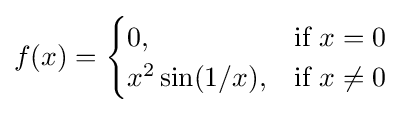
f(x)={\begin{cases}0,&{\mbox{if }}x=0\\x^{2}\sin(1/x),&{\mbox{if }}x\neq 0\end{cases}}